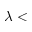
\lambda <